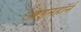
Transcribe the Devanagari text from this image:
आइनहॉर्न